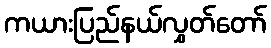
ကယားပြည်နယ်လွှတ်တော်